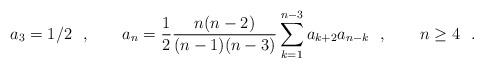
LaTeX: \begin{align*}a_3=1/2\ \ ,\qquad a_n={1\over 2}{n(n-2)\over (n-1)(n-3)}\sum_{k=1}^{n-3}a_{k+2}a_{n-k}\ \ ,\qquad n\ge4\ \ .\end{align*}